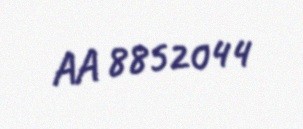
AA 8852044